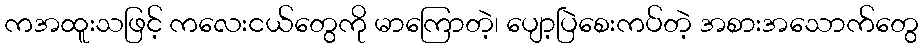
ကအထူးသဖြင့် ကလေးငယ်တွေကို မာကြောတဲ့၊ ပျော့ပြဲစေးကပ်တဲ့ အစားအသောက်တွေ